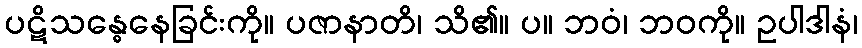
ပဋိသန္ဓေနေခြင်းကို။ ပဇာနာတိ၊ သိ၏။ ပ။ ဘဝံ၊ ဘဝကို။ ဥပါဒါနံ၊